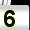
Digit: 5